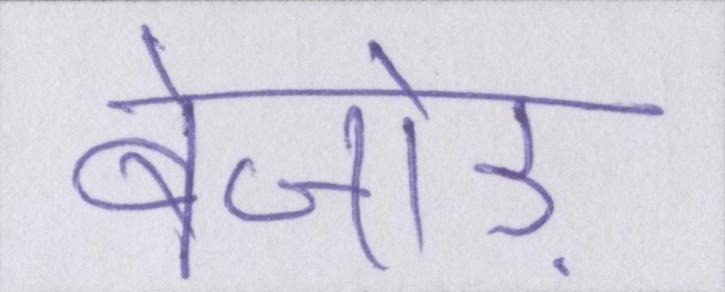
बेजोड़